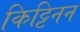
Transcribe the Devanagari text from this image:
किट्टिनन